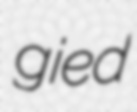
gied